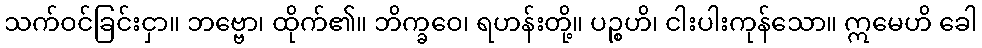
သက်ဝင်ခြင်းငှာ။ ဘဗ္ဗော၊ ထိုက်၏။ ဘိက္ခဝေ၊ ရဟန်းတို့။ ပဉ္စဟိ၊ ငါးပါးကုန်သော။ ဣမေဟိ ခေါ